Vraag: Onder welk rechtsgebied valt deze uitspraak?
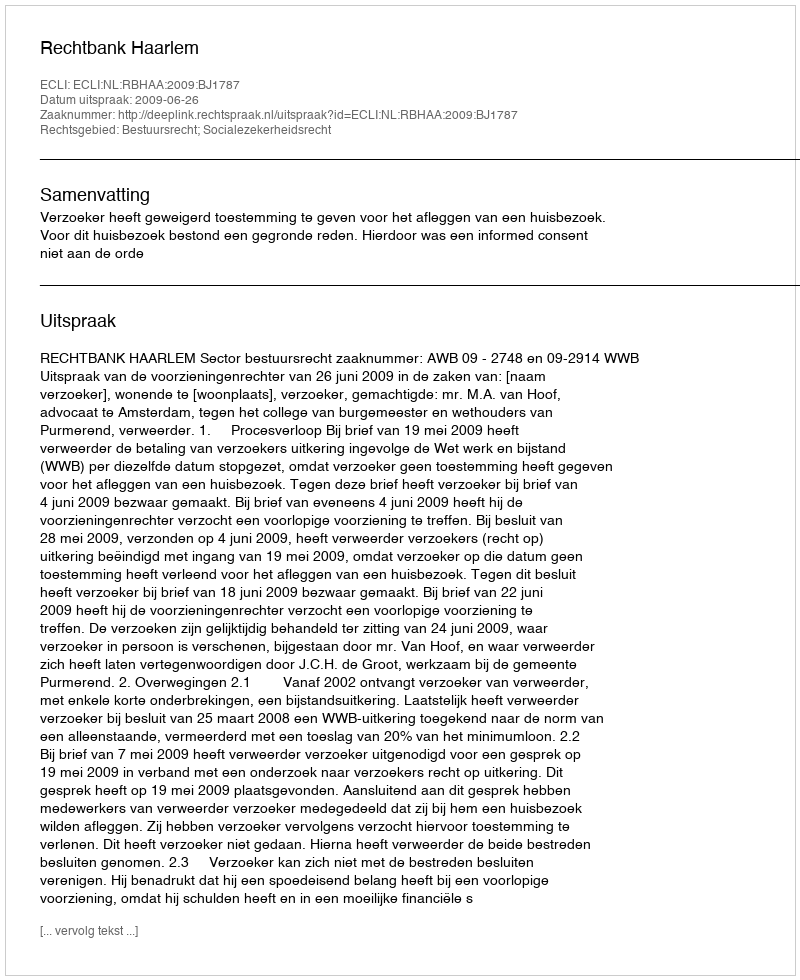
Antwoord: Bestuursrecht; Socialezekerheidsrecht